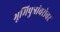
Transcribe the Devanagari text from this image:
भूमिपुत्रांबरोबर